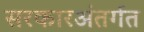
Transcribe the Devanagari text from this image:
सरकारअंतर्गत